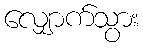
လျှောက်သွား